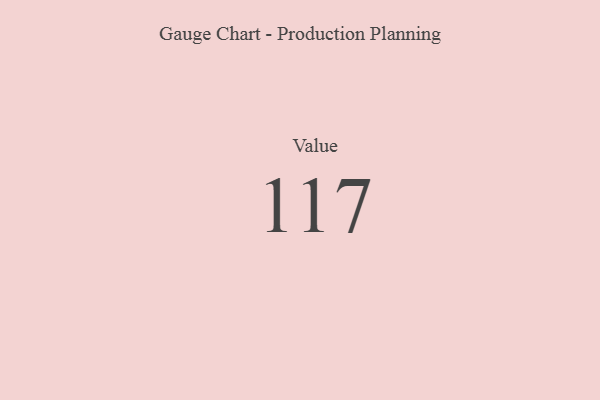
{"axis": {"x": "Metric", "y": "Value"}, "legend": [""], "data": [{"x": "Value", "y": 117, "type": ""}]}